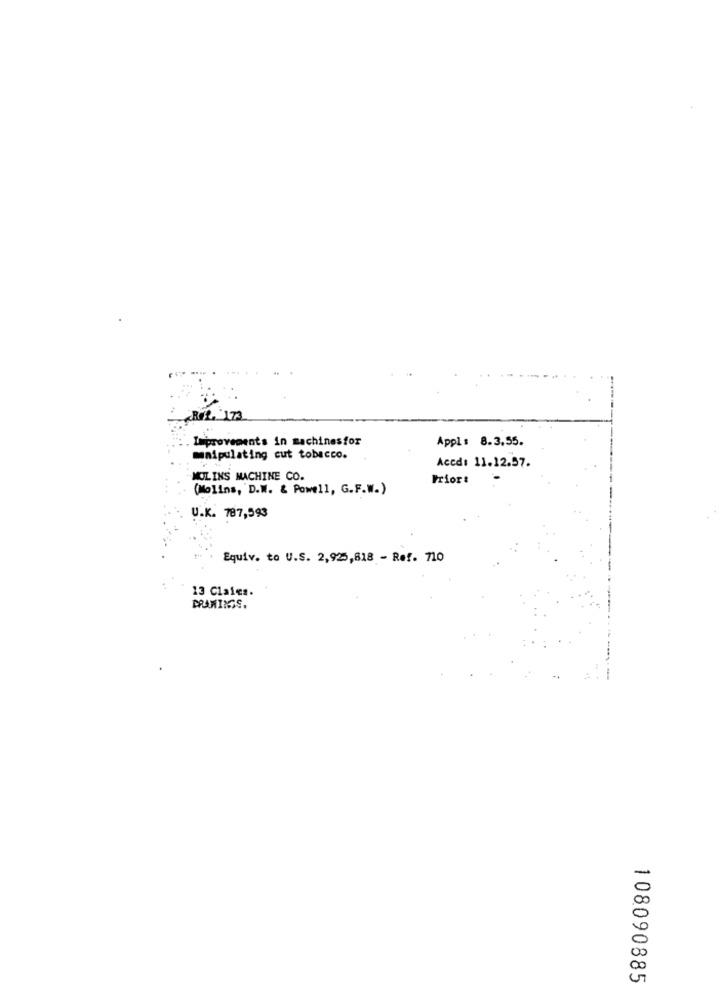
....
Rot. 173
Improvements in machinesfor
Appl : 8.3.55.
maipulating cut tobacco.
Aced: 11.12.57.
MOLINS MACHINE CO.
Prior:
-
(Molins, D.M. & Powell, G.F.W.)
U.K. 787,593
Equiv. to U.S. 2,925,818 - Ref. 710
13 Claies.
DRAWINGS.
108090885